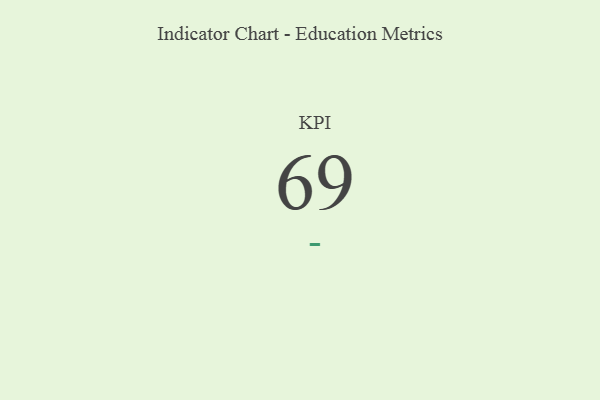
{"axis": {"x": "KPI", "y": "Value"}, "legend": [""], "data": [{"x": "KPI", "y": 69, "type": ""}]}